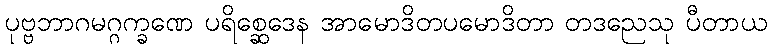
ပုဗ္ဗဘာဂမဂ္ဂက္ခဏေ ပရိစ္ဆေဒေန အာမောဒိတပမောဒိတာ တဒညေသု ပီတာယ